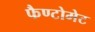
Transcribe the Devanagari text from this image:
फैण्टोमेट